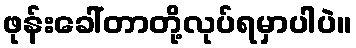
ဖုန်းခေါ်တာတို့လုပ်ရမှာပါပဲ။